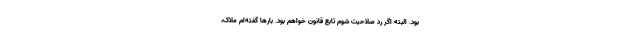
بود. البته اگر رد صلاحیت شوم تابع قانون خواهم بود. بارها گفته‌ام ملاک،